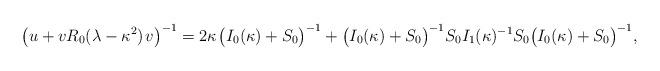
LaTeX: \begin{align*}\big(u+vR_0(\lambda-\kappa^2)\;\!v\big)^{-1}=2\kappa\;\!\big(I_0(\kappa)+S_0\big)^{-1}+\big(I_0(\kappa)+S_0\big)^{-1}S_0I_1(\kappa)^{-1}S_0\big(I_0(\kappa)+S_0\big)^{-1},\end{align*}